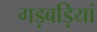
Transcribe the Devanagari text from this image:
गड़बड़ियां